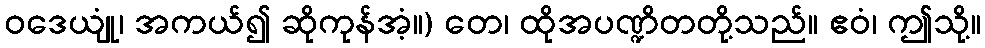
ဝဒေယျုံ၊ အကယ်၍ ဆိုကုန်အံ့။) တေ၊ ထိုအပဏ္ဍိတတို့သည်။ ဧဝံ၊ ဤသို့။